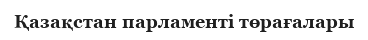
Қазақстан парламенті төрағалары